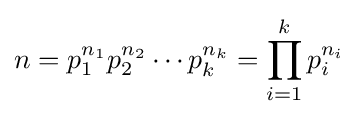
n=p_{1}^{n_{1}}p_{2}^{n_{2}}\cdots p_{k}^{n_{k}}=\prod _{i=1}^{k}p_{i}^{n_{i}}